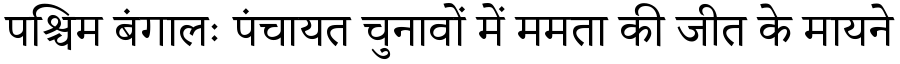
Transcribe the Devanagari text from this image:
पश्चिम बंगालः पंचायत चुनावों में ममता की जीत के मायने